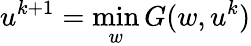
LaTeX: u^{k+1}=\operatorname*{min}_{w}G(w,u^{k})